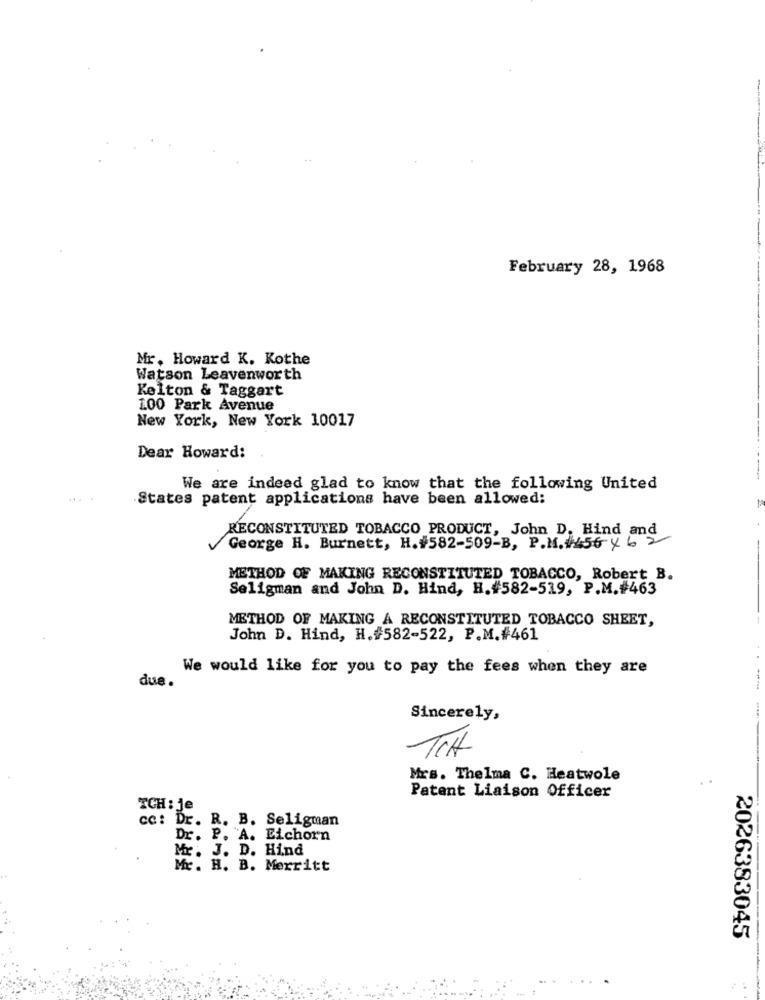
February 28, 1968
Mr. Howard K. Kothe
Watson Leavenworth
Kelton & Taggart
100 Park Avenue
New York, New York 10017
Dear Howard:
-------
We are indeed glad to know that the following United
States patent applications have been allowed:
RECONSTITUTED TOBACCO PRODUCT, John D. Hind and
George H. Burnett, H.#582-509-B, P.M. #156 4 6 2
METHOD OF MAKING RECONSTITUTED TOBACCO, Robert B.
Seligman and John D. Hind, H. #582-519, P.M.#463
METHOD OF MAKING A RECONSTITUTED TOBACCO SHEET,
John D. Hind, H.#582-522, P.M.#461
We would like for you to pay the fees when they are
due.
Sincerely,
TCH
Mrs. Thelma C. Heatwole
Patent Liaison Officer
TCH : je
cc: Dr. R. B. Seligman
Dr. P. A. Eichorn
Mr. J. D. Hind
Mr. H. B. Merritt
2026383045